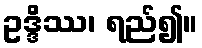
ဥဒ္ဒိဿ၊ ရည်၍။